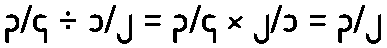
၃/၄ ÷ ၁/၂ = ၃/၄ × ၂/၁ = ၃/၂